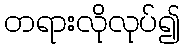
တရားလိုလုပ်၍